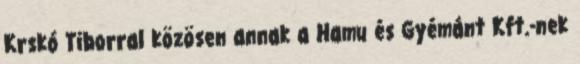
Krskó Tiborral közösen annak a Hamu és Gyémánt Kft.-nek